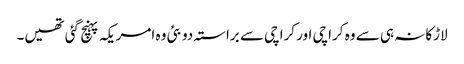
لاڑکانہ ہی سے وہ کراچی اور کراچی سے براستہ دوبئی وہ امریکہ پہنچ گئی تھیں۔